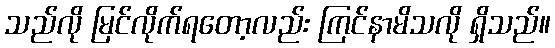
သည်လို မြင်လိုက်ရတော့လည်း ကြင်နာမိသလို ရှိသည်။